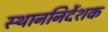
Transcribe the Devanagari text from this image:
स्थाननिर्देशक